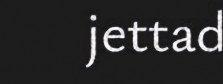
jettad